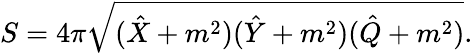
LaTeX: S=4\pi\sqrt{(\hat{X}+m^{2})(\hat{Y}+m^{2})(\hat{Q}+m^{2})}.